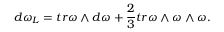
d \omega _ { L } = t r \omega \wedge d \omega + \frac { 2 } { 3 } t r \omega \wedge \omega \wedge \omega .